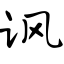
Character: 讽